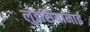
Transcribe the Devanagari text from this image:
लुइसियानाई